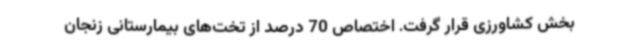
بخش کشاورزی قرار گرفت. اختصاص 70 درصد از تخت‌های بیمارستانی زنجان